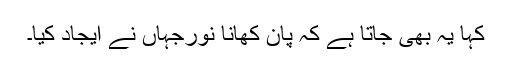
کہا یہ بھی جاتا ہے کہ پان کھانا نورجہاں نے ایجاد کیا۔